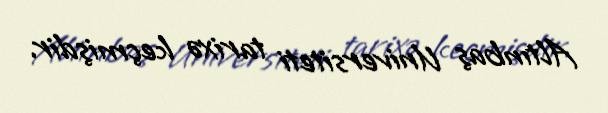
Altınbaş Universiteti tarixə keçmişdir.